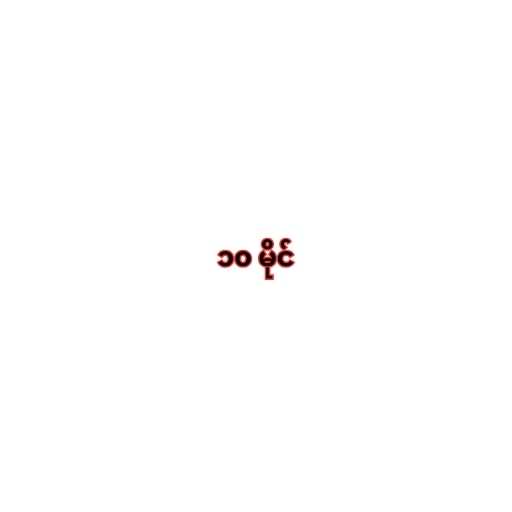
၁၀ မိုင်